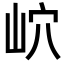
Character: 岤